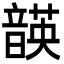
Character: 韺